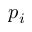
p _ { i }